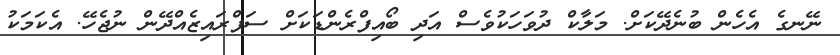
ނޭނގެ އެހެން ބުނެދޭކަށް. މަލާކް ދުވަހަކުވެސް އަދި ބޯއިފްރެންޑަކަށް ސަޕްރައިޒެއްދޭން ނުޖެހޭ. އެކަމަކު